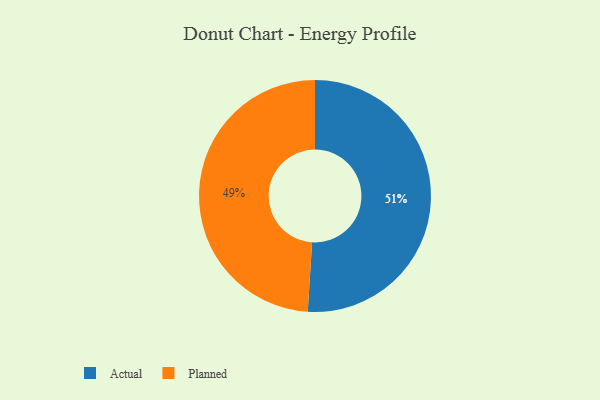
{"axis": {"x": "Category", "y": "Percentage"}, "legend": ["Actual", "Planned"], "data": [{"x": "Actual", "y": 51, "type": "Actual"}, {"x": "Planned", "y": 49, "type": "Planned"}]}